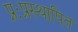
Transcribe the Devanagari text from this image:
प्नःप्रस्थापित